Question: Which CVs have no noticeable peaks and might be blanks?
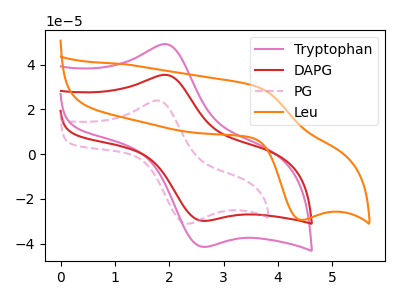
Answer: <think>The pink curve "Tryptophan" has an anodic peak at (2.00V, 48.95uA) and a cathodic peak at (2.60V, -41.45uA). The red curve "DAPG" has an anodic peak at (2.00V, 35.25uA) and a cathodic peak at (2.60V, -29.85uA). The pink dashed curve "PG" has an anodic peak at (1.80V, 23.95uA) and a cathodic peak at (2.30V, -30.90uA). The orange curve "Leu" has an anodic peak at (3.60V, 30.35uA) and a cathodic peak at (4.40V, -29.40uA).</think>
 <answer>There are not any CV's on this graph that are likely to be blanks.</answer>
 <eval>none</eval>